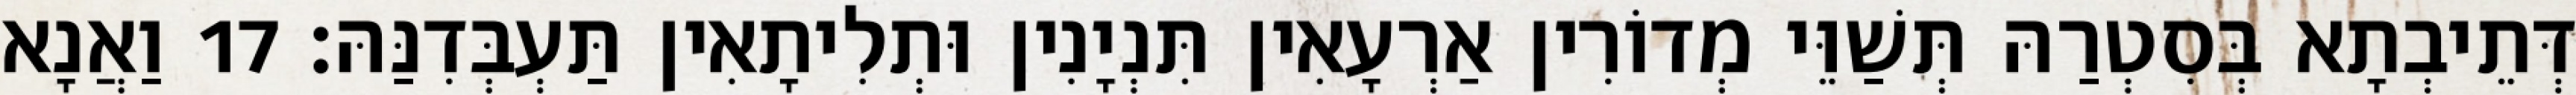
דְּתֵיבְתָא בְּסִטְרַהּ תְּשַׁוֵּי מְדוֹרִין אַרְעָאִין תִּנְיָנִין וּתְלִיתָאִין תַּעְבְּדִנַּהּ׃ 17 וַאֲנָא